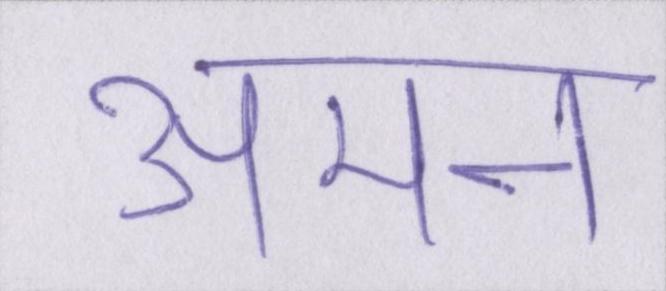
अमन